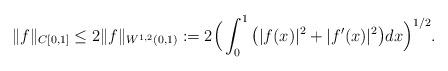
LaTeX: \begin{align*}\| f\|_{C[0,1]}\leq 2\|f\|_{W^{1,2}(0,1)}:=2\Big(\int_0^1\big( |f(x)|^2+|f'(x)|^2\big)dx \Big)^{1/2}.\end{align*}